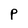
Character: p